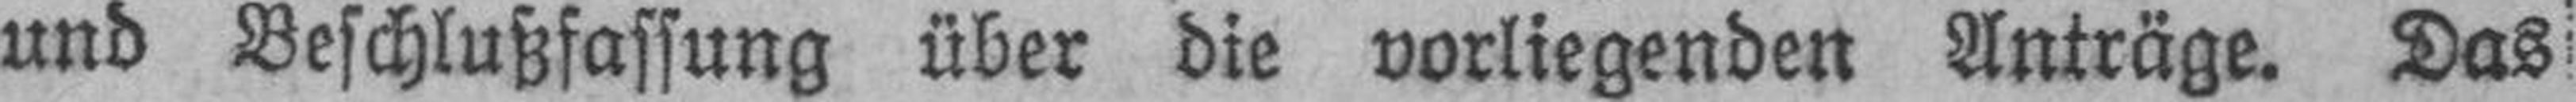
und Beschlußfassung über die vorliegenden Anträge. Das